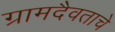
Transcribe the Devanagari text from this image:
ग्रामदैवताचे